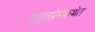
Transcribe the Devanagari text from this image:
युगुलप्रेमकथेत